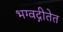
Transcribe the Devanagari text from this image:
भग्वद्गीतेत